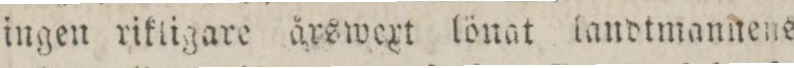
ingen rikligare årswext lönat landtmannens